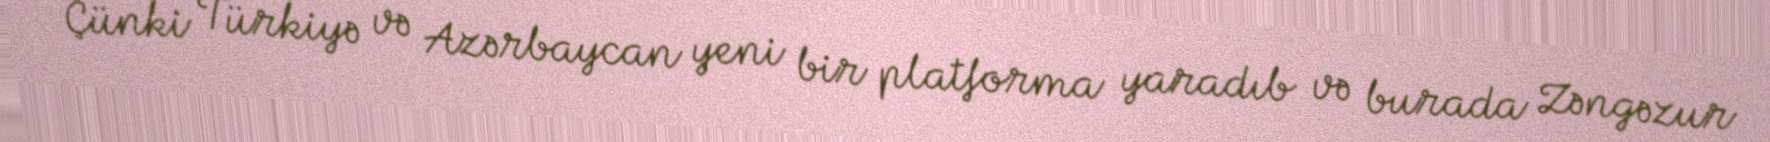
Çünki Türkiyə və Azərbaycan yeni bir platforma yaradıb və burada Zəngəzur